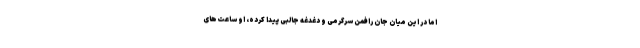
اما در این میان جان رافمن سرگرمی و دغدغه جالبی پیدا کرده، او ساعت‌های